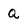
Character: Q